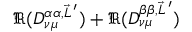
\Re ( D _ { \nu \mu } ^ { \alpha \alpha , \vec { L } \, ^ { \prime } } ) + \Re ( D _ { \nu \mu } ^ { \beta \beta , \vec { L } \, ^ { \prime } } )